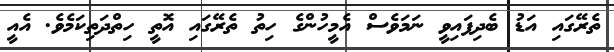
ތެރޭގައި އަޑު ބެދިފައިވީ ނަމަވެސް އެމީހުންގެ ހިތު ތެރޭގައި އޮތީ ހިތްދަތިކަމެވެ. އެއީ